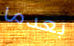
بعدما